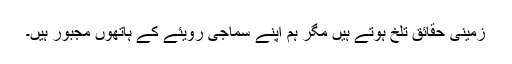
زمینی حقائق تلخ ہوتے ہیں مگر ہم اپنے سماجی رویئے کے ہاتھوں مجبور ہیں۔